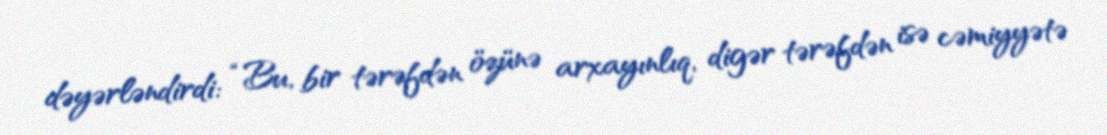
dəyərləndirdi: “Bu, bir tərəfdən özünə arxayınlıq, digər tərəfdən isə cəmiyyətə